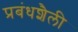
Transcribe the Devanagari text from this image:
प्रबंधशैली